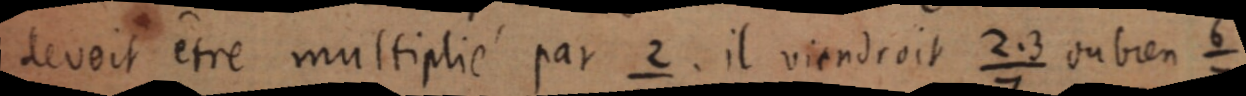
devoit être multiplié par ²⁄₇ il viendroit 2.3/7 ou bien ⁶⁄₇